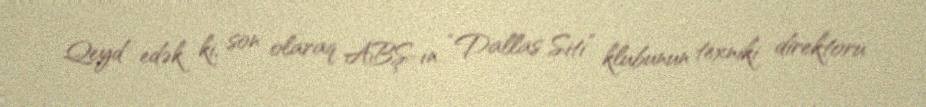
Qeyd edək ki, son olaraq ABŞ-ın “Dallas Siti” klubunun texniki direktoru